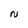
Character: N